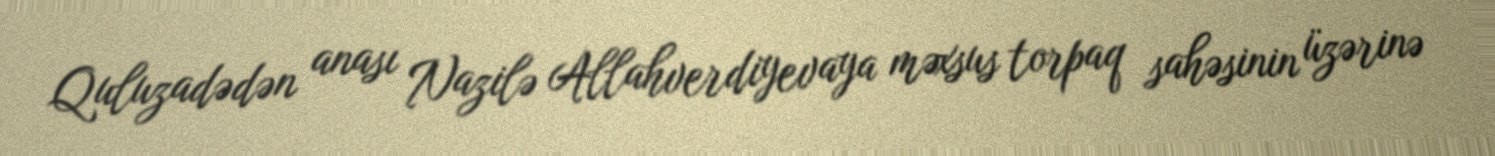
Quluzadədən anası Nazilə Allahverdiyevaya məxsus torpaq sahəsinin üzərinə